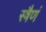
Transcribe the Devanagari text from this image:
स्त्रैणं